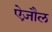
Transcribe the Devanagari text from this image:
ऐज़ौल